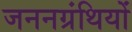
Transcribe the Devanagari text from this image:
जननग्रंथियों